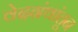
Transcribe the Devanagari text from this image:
वेदग्रंथांतून